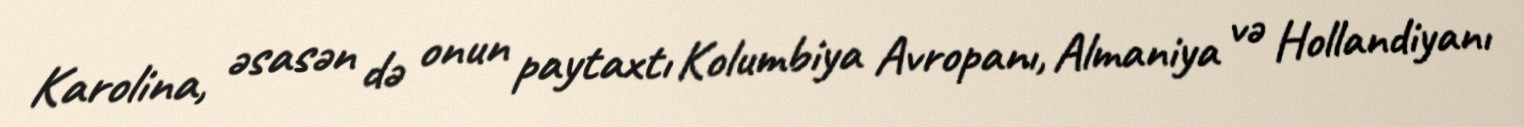
Karolina, əsasən də onun paytaxtı Kolumbiya Avropanı, Almaniya və Hollandiyanı